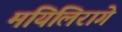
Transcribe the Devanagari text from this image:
मयिलिरागे